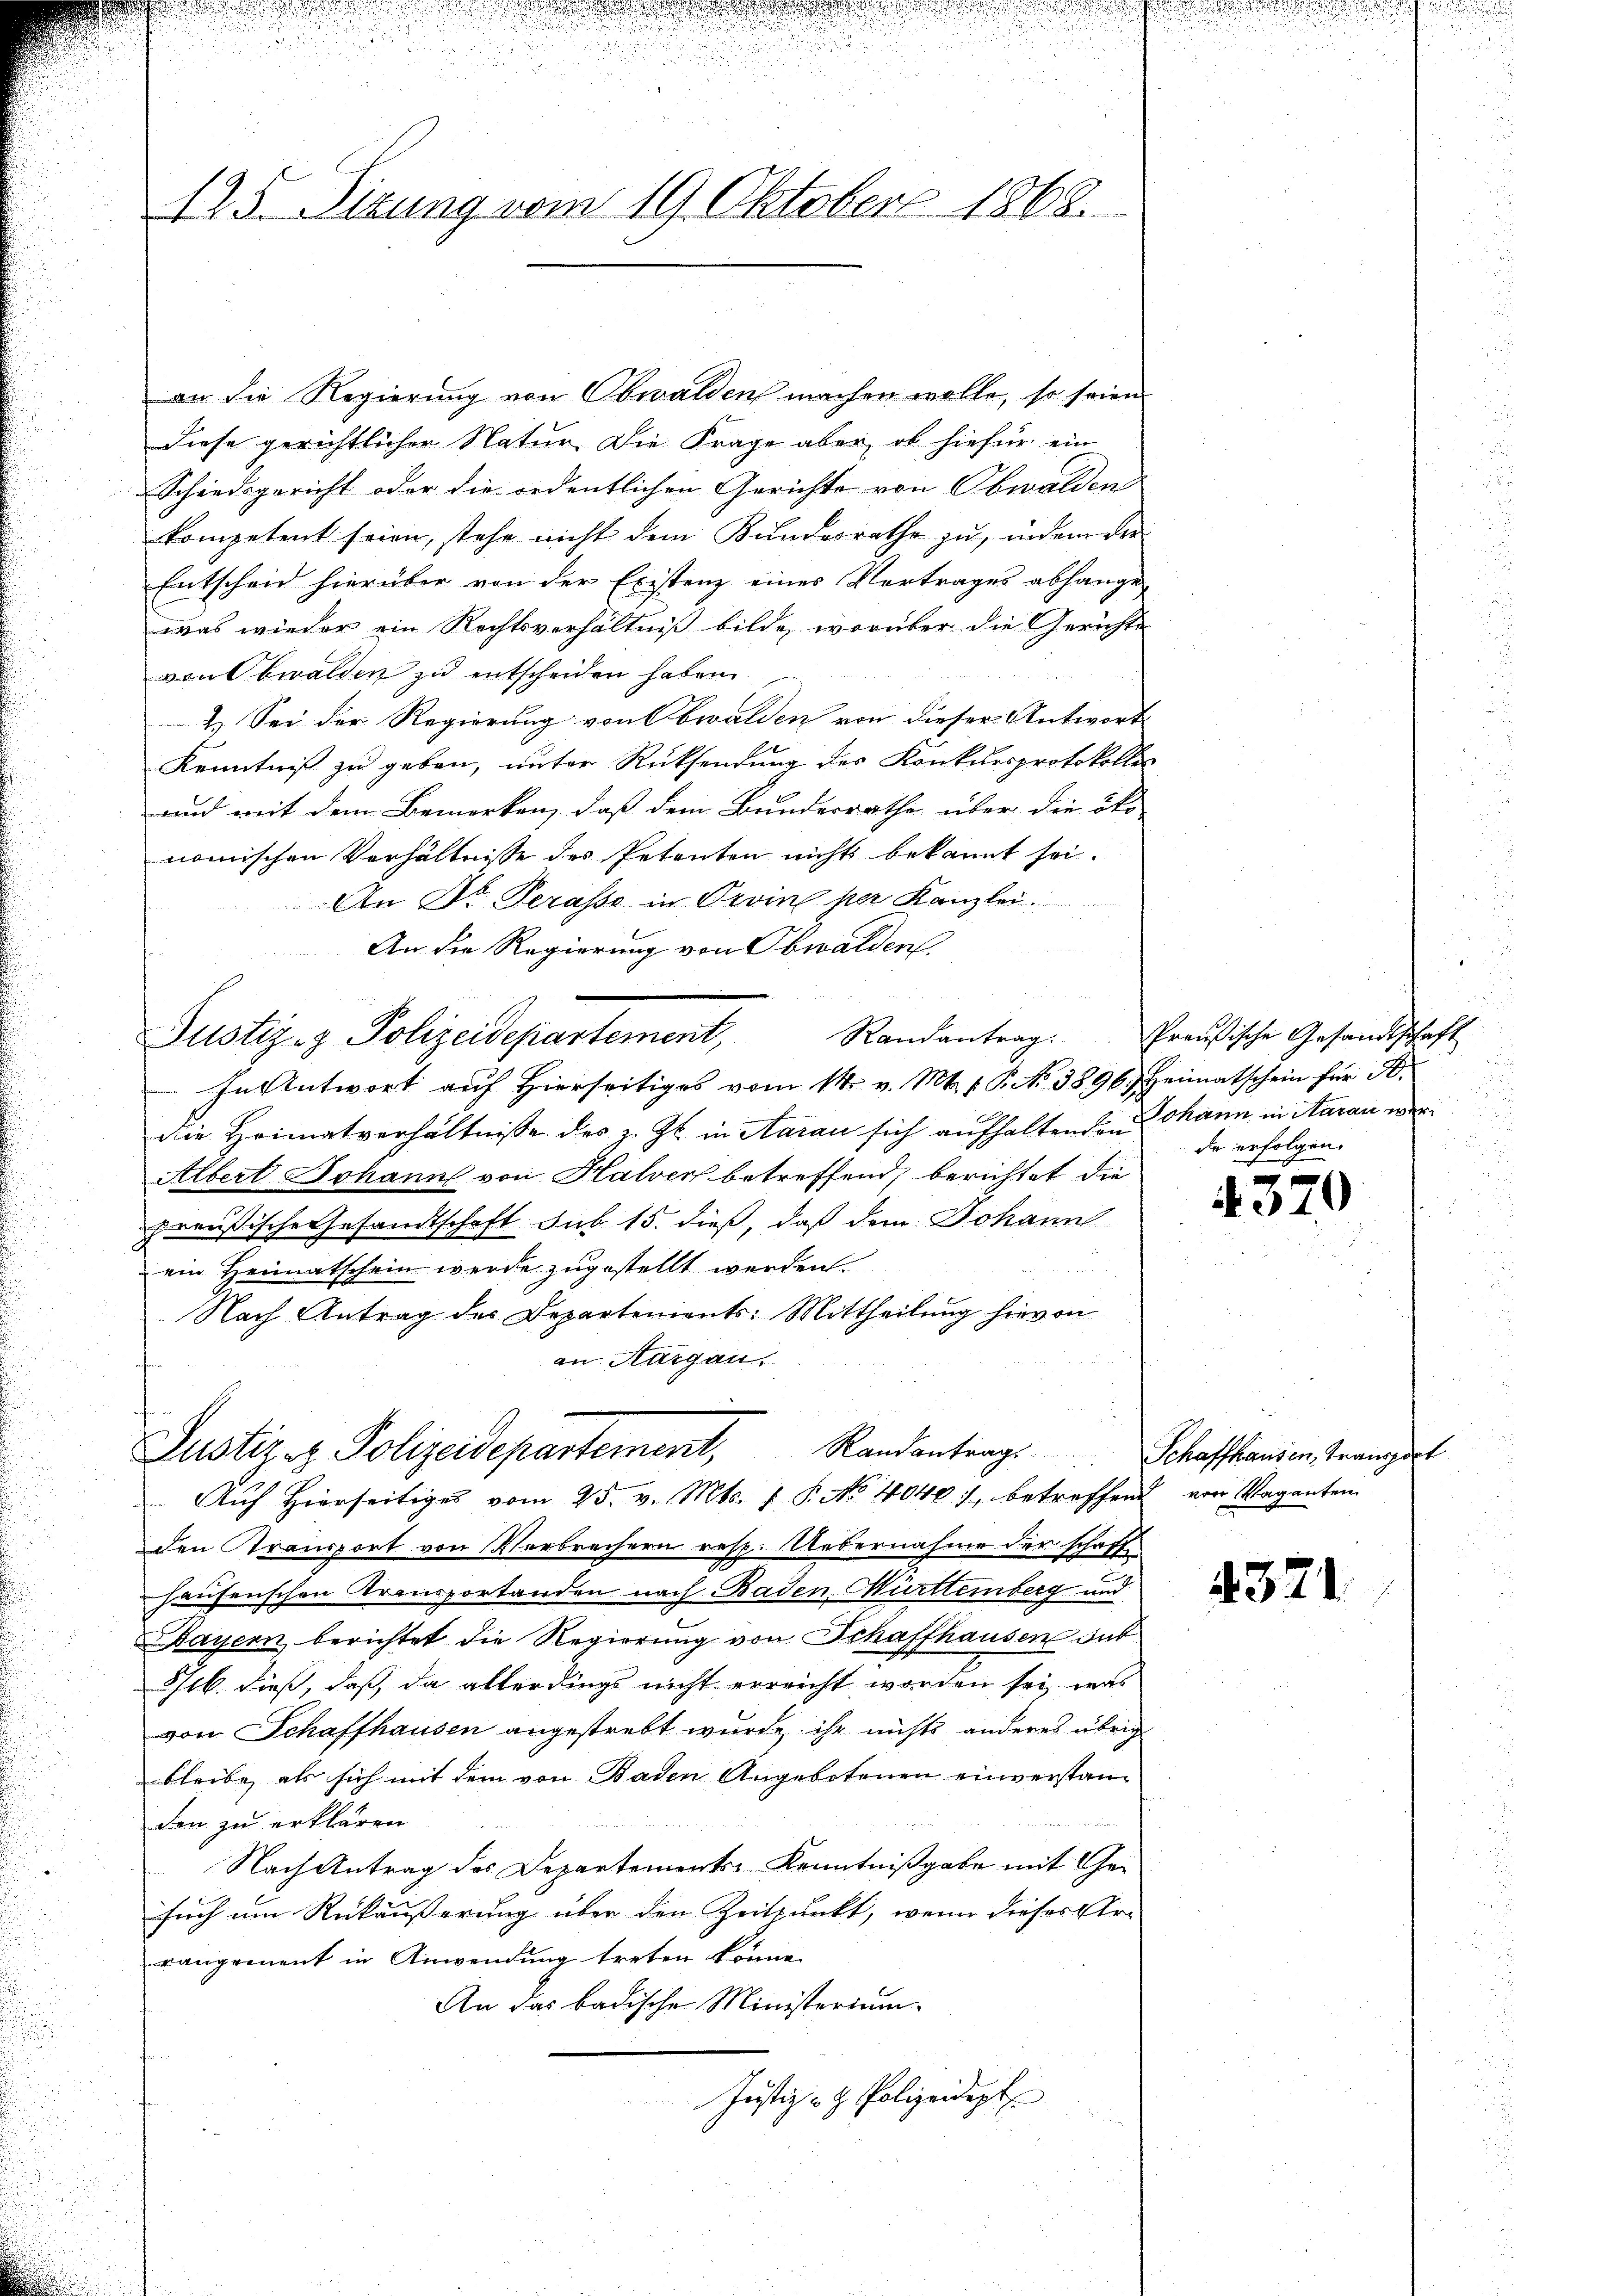
125. Tizung vom 19. Oktober 1868.

an die Regierung von Obwalden machen wolle, so seien
Diese gerichtlicher Natur die Frage aber, ob hiefür ein
Schiedsgericht oder die ordentlichen Gerichte von Obwalden
kompetent seien, stehe nicht dem Kundesrathe zu, indem der
Entscheid hierüber von der Existenz eines Vertrages abhänge,
was wieder ein Rechtsverhältniß bilde, worüber die Gerichte
vonbwalden zu entscheiden haben
2.) Sei der Regierung von Obwalden von dieser Antwort
Kenntniß zu geben, unter Rücksendung des Konkursprotokolles
und mit dem Bemerken, daß dem Bundesrathe über die öko
nomischen Verhältnisse des Petenten nichts bekannt sei.
An Dr Terasse in Proine per Kanzlei.
An die Regierung von Obwalden.
Justiz- & Polizeidepartement,
In Antwort auf hierseitiges vom 14. v. Mt. f. P. Nr. 3896.) Heimatschein für A.
die Heimatverhältnisse des z. Zt. in Aarau sich aufhaltenden Mann, in itaran wer
Albert Johann von Halver betreffend, berichtet die
preußische Gesandtschaft sub 15. dieß, daß dem Johann
ein Heimatschein werde zugestellt werden.
Nach Antrag des Departements: Mittheilung hievon
an Aargau,
Justiz & Polizeidepartement, Randantrag
Auf Hierseitiges vom 25. v. Mts. f. P. No 4040), betreffend von Vaganten
den Transport von Verbrechern resp. Uebernahme der schaffe
hausenschon Transportanden nach Baden Württemberg und
Bayern berichtet die Regierung von Schaffhausen out
816. dieß, daß, da allerdings nicht erreicht worden sei, was
von Schaffhausen angestrebt wurde ihr nichts anderes übrig
bleibe, als sich mit dem von Baden Angebotenen einverstan¬

Den zu erklären.
Nach Antrag des Departements Kenntnißgabe mit Gefrüh um Rückäußerung über den Zeitpunkt, wenn dieses Ur-
rangement in Anwendung treten könne.
An das badischen Ministerium.
Justiz- & Polizeidept

u
Randantrag: Preußische Gesandtschaft
e
de erfolgen.
x

4370

Schaffhausen, Transport

4321